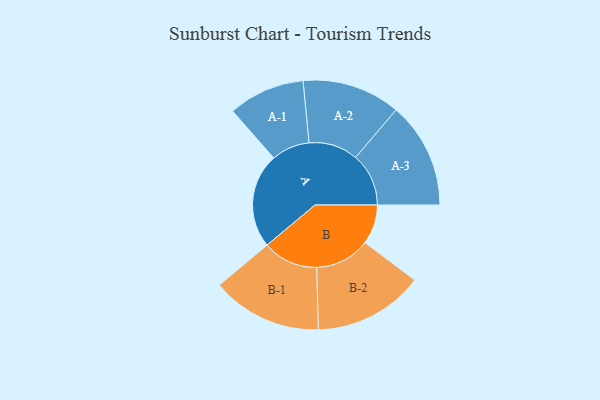
{"axis": {"x": "Segment", "y": "Value"}, "legend": ["", "A", "B"], "data": [{"x": "A", "y": 463, "type": ""}, {"x": "B", "y": 193, "type": ""}, {"x": "A-1", "y": 187, "type": "A"}, {"x": "A-2", "y": 240, "type": "A"}, {"x": "A-3", "y": 259, "type": "A"}, {"x": "B-1", "y": 270, "type": "B"}, {"x": "B-2", "y": 269, "type": "B"}]}